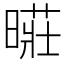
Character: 𱢢